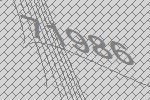
71986